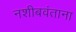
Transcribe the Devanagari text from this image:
नशीबवंताना